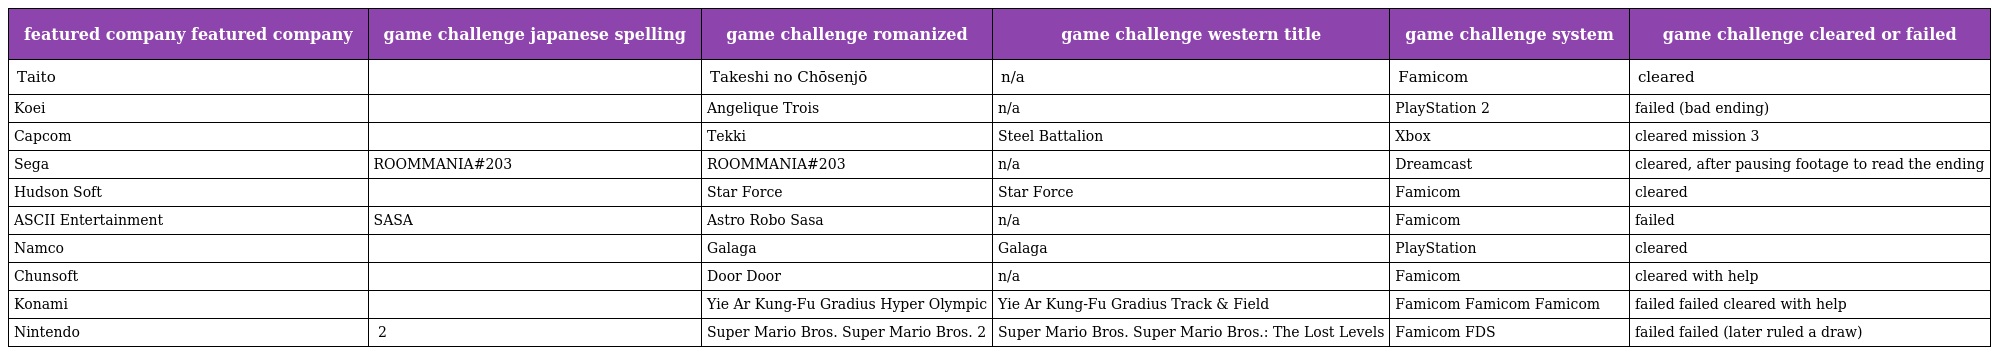
| featured company featured company | game challenge japanese spelling | game challenge romanized | game challenge western title | game challenge system | game challenge cleared or failed |
 | --- | --- | --- | --- | --- | --- |
 | Taito | たけしの挑戦状 | Takeshi no Chōsenjō | n/a | Famicom | cleared |
 | Koei | アンジェリーク トロワ | Angelique Trois | n/a | PlayStation 2 | failed (bad ending) |
 | Capcom | 鉄騎 | Tekki | Steel Battalion | Xbox | cleared mission 3 |
 | Sega | ROOMMANIA#203 | ROOMMANIA#203 | n/a | Dreamcast | cleared, after pausing footage to read the ending |
 | Hudson Soft | スターフォース | Star Force | Star Force | Famicom | cleared |
 | ASCII Entertainment | アストロロボSASA | Astro Robo Sasa | n/a | Famicom | failed |
 | Namco | ギャラガ | Galaga | Galaga | PlayStation | cleared |
 | Chunsoft | ドアドア | Door Door | n/a | Famicom | cleared with help |
 | Konami | イーアルカンフー グラディウス ハイパーオリンピック | Yie Ar Kung-Fu Gradius Hyper Olympic | Yie Ar Kung-Fu Gradius Track & Field | Famicom Famicom Famicom | failed failed cleared with help |
 | Nintendo | スーパーマリオブラザーズ スーパーマリオブラザーズ2 | Super Mario Bros. Super Mario Bros. 2 | Super Mario Bros. Super Mario Bros.: The Lost Levels | Famicom FDS | failed failed (later ruled a draw) |